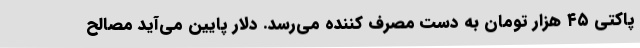
پاکتی ۴۵ هزار تومان به دست مصرف کننده می‌رسد. دلار پایین می‌آید مصالح